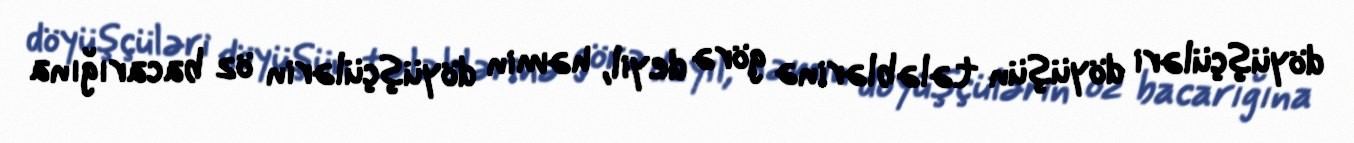
döyüşçüləri döyüşün tələblərinə görə deyil, həmin döyüşçülərin öz bacarığına